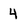
Character: 4